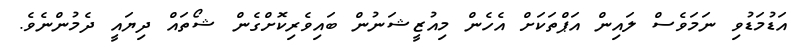
އަޑުމަޑުވި ނަމަވެސް ލައިން އަޕްތަކަށް އެހެން މިއުޒީޝަނުން ބައިވެރިކޮށްގެން ޝޯތައް ދިޔައީ ދެމުންނެވެ.